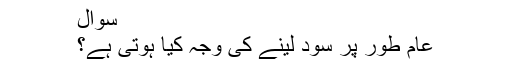
سوال
عام طور پر سود لینے کی وجہ کیا ہوتی ہے؟